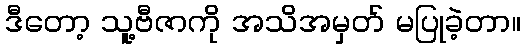
ဒီတော့ သူ့ဗီဇာကို အသိအမှတ် မပြုခဲ့တာ။